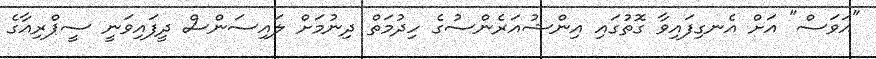
"އަވަސް" އަށް އެނގިފައިވާ ގޮތުގައި އިންޝުއަރެންސުގެ ހިދުމަތް ދިނުމަށް ލައިސަންސް ދީފައިވަނީ ސީޕްރިއާގެ